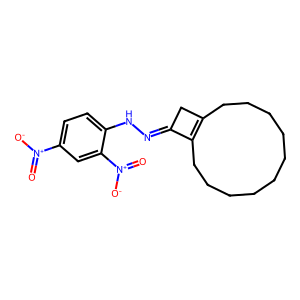
SMILES: O=[N+]([O-])c1ccc(NN=C2CC3=C2CCCCCCCCCC3)c([N+](=O)[O-])c1
Inhibits HIV replication: No